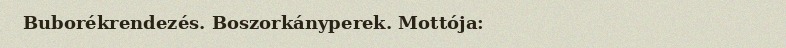
Buborékrendezés. Boszorkányperek. Mottója: